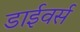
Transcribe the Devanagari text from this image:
डाईवर्स